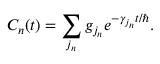
C _ { n } ( t ) = \sum _ { j _ { n } } g _ { j _ { n } } e ^ { - \gamma _ { j _ { n } } t / \hslash } .